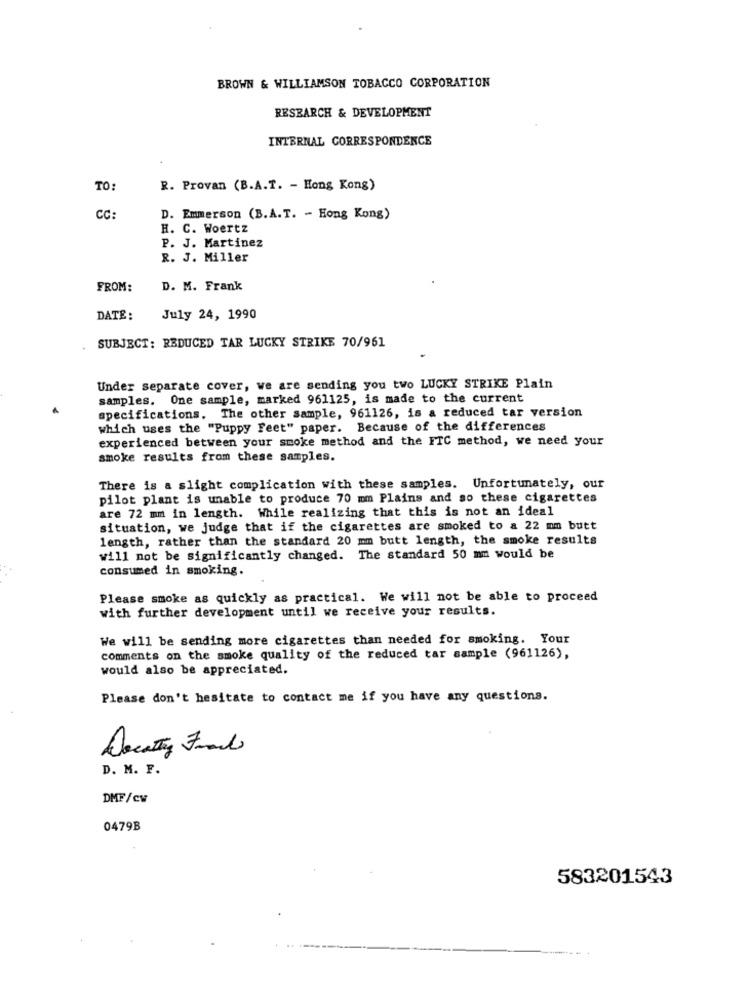
BROWN & WILLIAMSON TOBACCO CORPORATION
RESEARCH & DEVELOPMENT
INTERNAL CORRESPONDENCE
TO:
R. Provan (B.A.T. - Hong Kong)
CC:
D. Emmerson (B.A.T. - Hong Kong)
H. C. Woertz
P. J. Martinez
R. J. Miller
FROM:
D. M. Frank
DATE:
July 24, 1990
SUBJECT: REDUCED TAR LUCKY STRIKE 70/961
Under separate cover, we are sending you two LUCKY STRIKE Plain
samples. One sample, marked 961125, is made to the current
specifications. The other sample, 961126, is a reduced tar version
which uses the "Puppy Feet" paper. Because of the differences
experienced between your smoke method and the FTC method, we need your
smoke results from these samples.
There is a slight complication with these samples. Unfortunately, our
pilot plant is unable to produce 70 mm Plains and so these cigarettes
are 72 mm in length. While realizing that this is not an ideal
situation, we judge that if the cigarettes are smoked to a 22 mm butt
length, rather than the standard 20 mm butt length, the smoke results
will not be significantly changed. The standard 50 mm would be
consumed in smoking.
Please smoke as quickly as practical. We will not be able to proceed
with further development until we receive your results.
We will be sending more cigarettes than needed for smoking. Your
comments on the smoke quality of the reduced tar sample (961126),
would also be appreciated.
Please don't hesitate to contact me if you have any questions.
Docesty Fund
D. M. F.
DMF/Cw
0479B
583201543